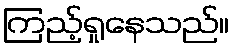
ကြည့်ရှုနေသည်။